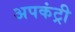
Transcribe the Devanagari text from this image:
अपकंट्री